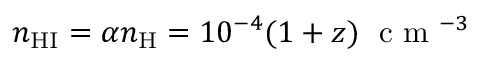
n _ { \mathrm { H I } } = \alpha n _ { \mathrm { H } } = 1 0 ^ { - 4 } ( 1 + z ) \; \mathrm { ~ c ~ m ~ } ^ { - 3 }